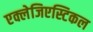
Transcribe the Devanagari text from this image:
एक्लेजिएस्टिकल